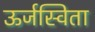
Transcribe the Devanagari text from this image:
ऊर्जस्विता